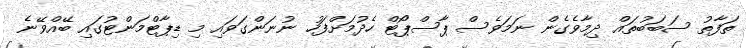
ތަފާތު ސަބަބުތައް ދިމާވެގެން ނަމަވެސް ޕާސްޕޯޓް ހެދުމަށްފަހު ނުނަންގަވައި މި ޑިޕާޓްމަންޓުގައި ބޭއްވޭނެ